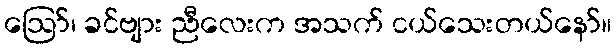
ဪ၊ ခင်ဗျား ညီလေးက အသက် ငယ်သေးတယ်နော်။